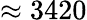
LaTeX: \approx 3420